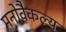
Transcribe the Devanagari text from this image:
मनोवैकल्य